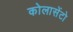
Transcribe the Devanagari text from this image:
कोलासेंटो